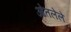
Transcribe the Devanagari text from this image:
ओतलेले